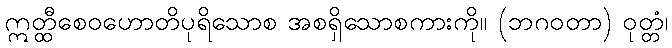
ဣတ္ထီစေဝဟောတိပုရိသောစ အစရှိသောစကားကို။ (ဘဂဝတာ) ဝုတ္တံ၊